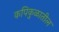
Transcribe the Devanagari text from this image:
कपिकुळातील